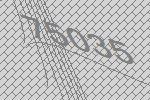
75035